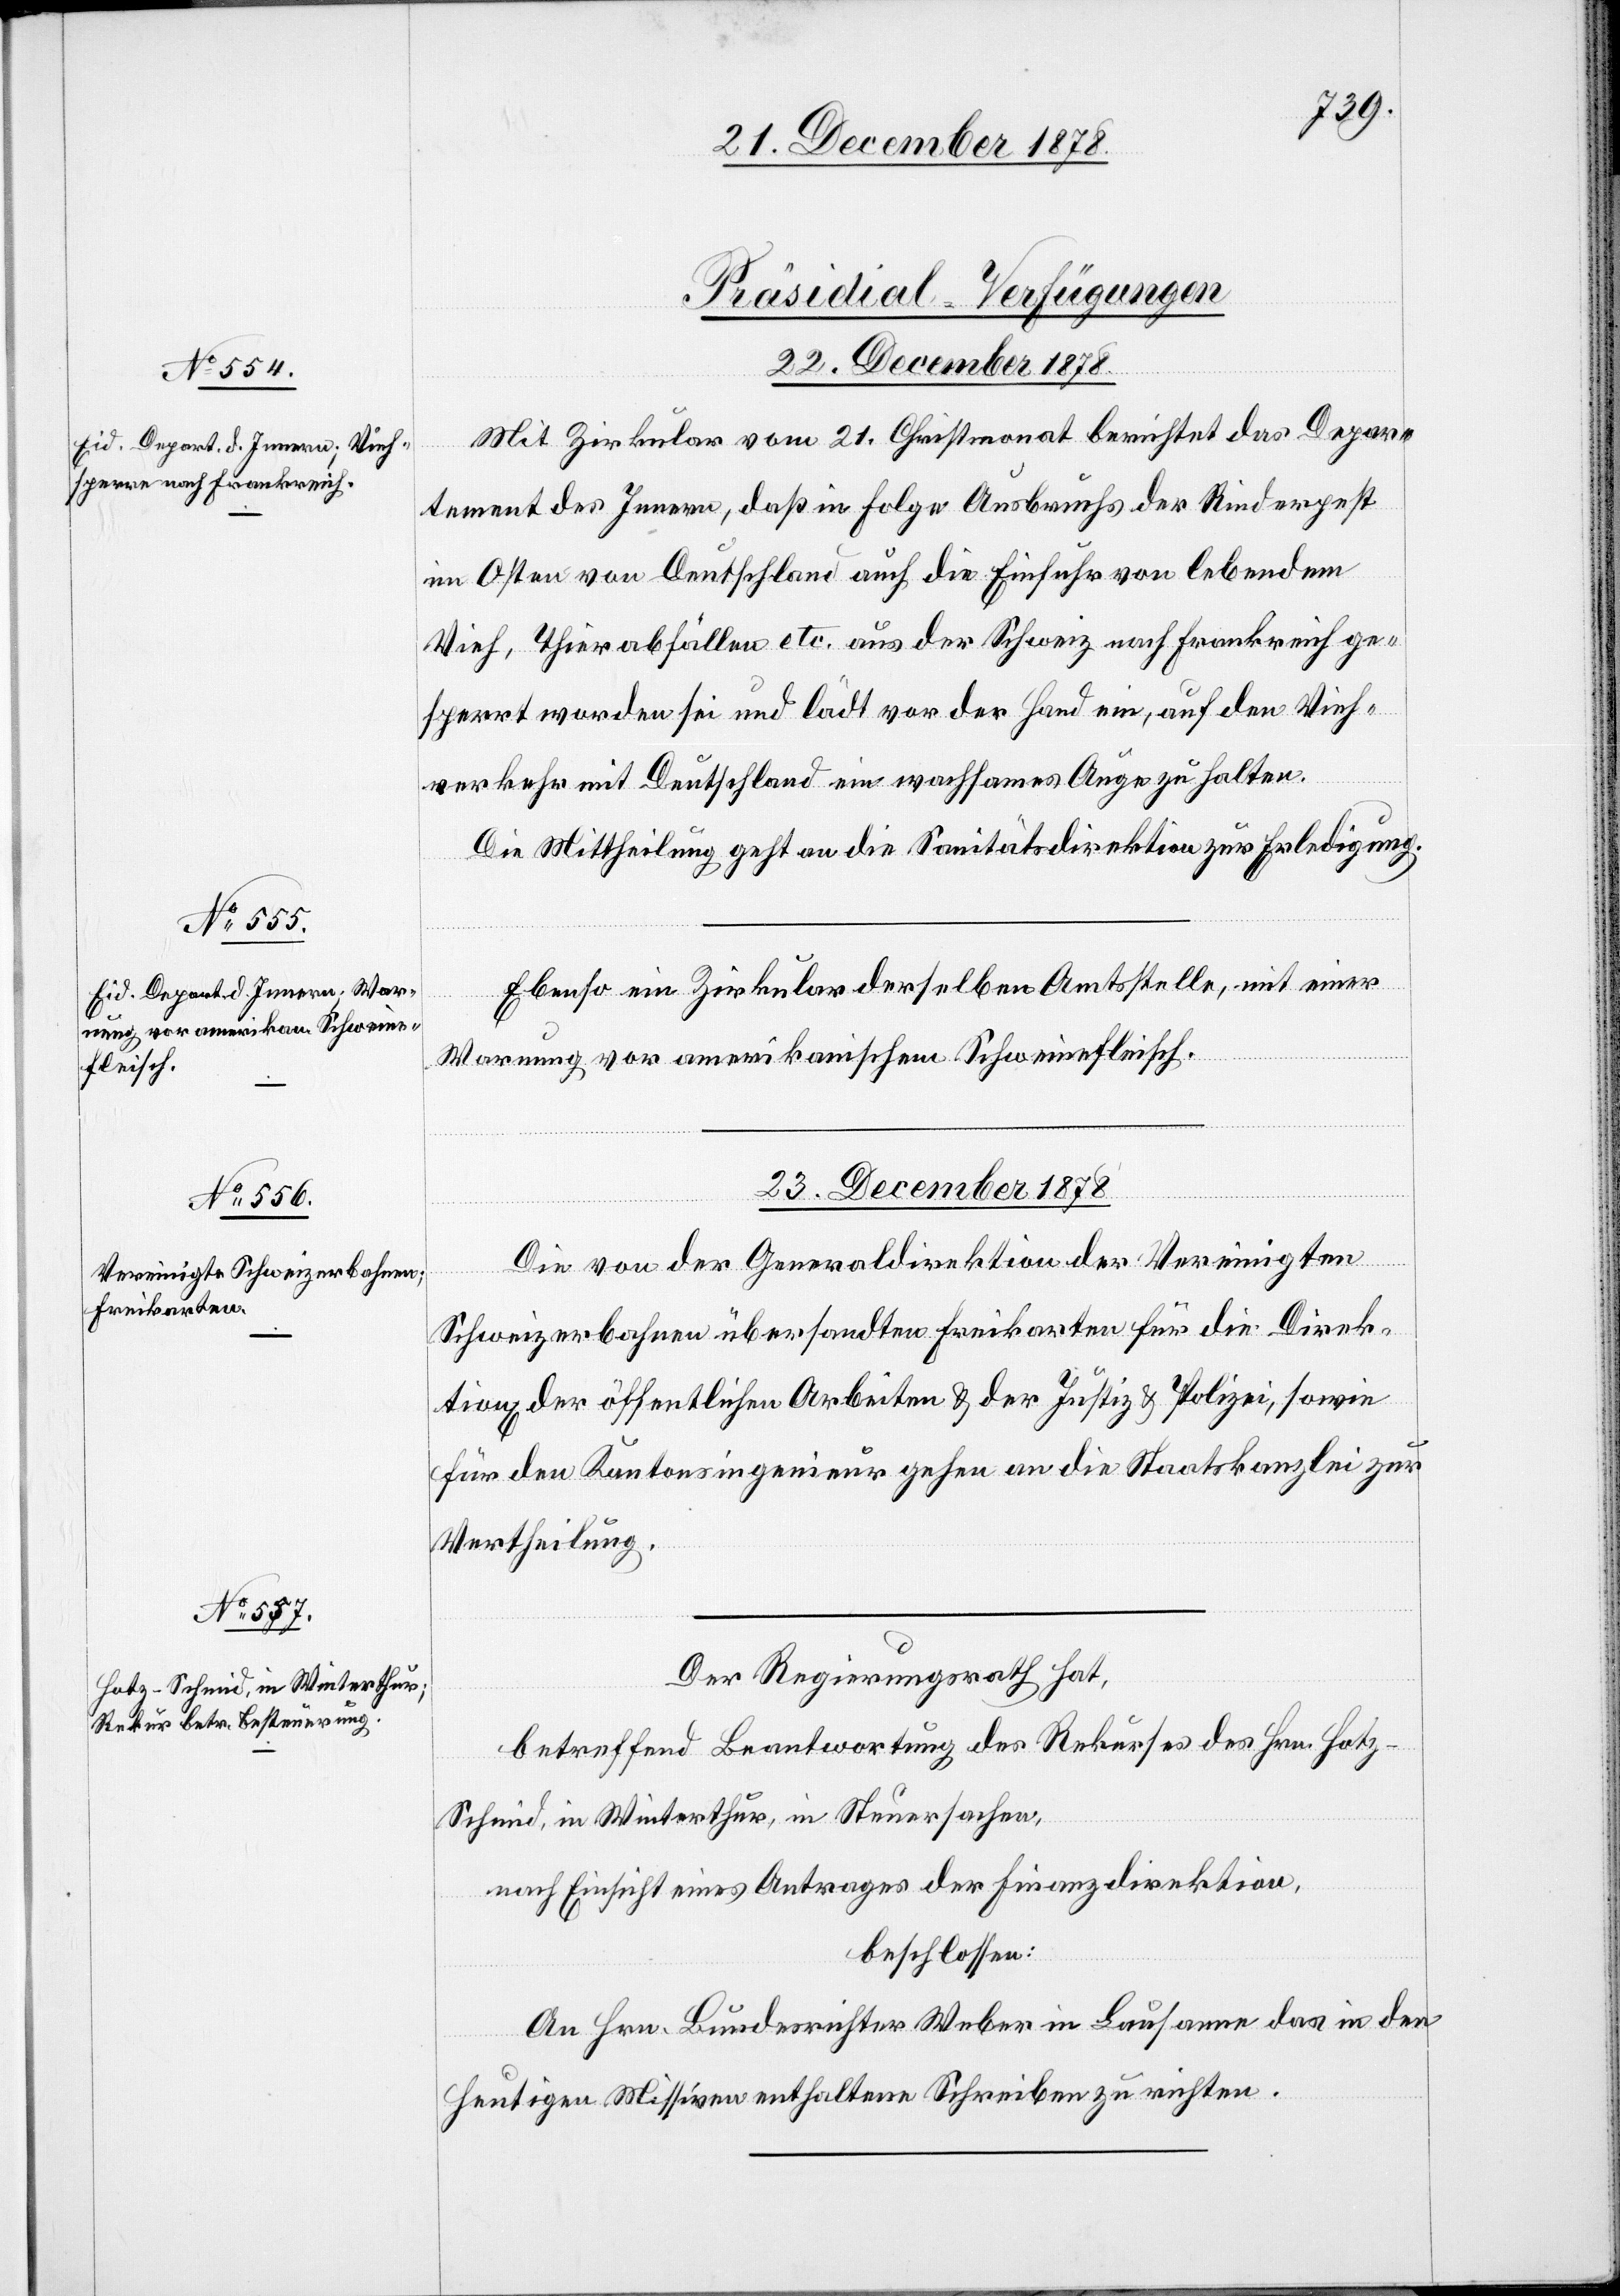
[Präsidial-Verfügungen
23. December 1878.]
Mit Zirkular vom 21. Christmonat berichtet das Depar¬
tement des Innern, daß in Folge Ausbruches der Rinderpest
im Osten von Deutschland auch die Einfuhr von lebendem
Vieh, Thierabfällen etc. aus der Schweiz nach Frankreich ge¬
sperrt worden sei und lädt vor der Hand ein, auf den Vieh¬
[For¬
verkehr mit Deutschland ein wachsames Auge zu halten.
Die Mittheilung geht an die Sanitätsdirektion zur Erledigung.
Ebenso ein Zirkular derselben Amtsstelle, mit einer
Warnung vor amerikanischem Schweinefleisch.
23. December 1878.
Die von der Generaldirektion der Vereinigten
tsetzung
Schweizerbahnen übersandten Freikarten für die Direk¬
tion[en] der öffentlichen Arbeiten & der Justiz & Polizei, sowie
für den Kantonsingenieur gehen an die Staatskanzlei zur
Vertheilung.
Der Regierungsrath hat,
betreffend Beantwortung des Rekurses des Hrn. Hot¬
z-Schmid, in Winterthur, in Steuersachen,
nach Einsicht eines Antrages der Finanzdirektion,
beschlossen:
An Hrn. Bundesrichter Weber in Lausanne das in den
heutigen Missiven enthaltene Schreiben zu richten.